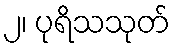
၂၊ ပုရိသသုတ်